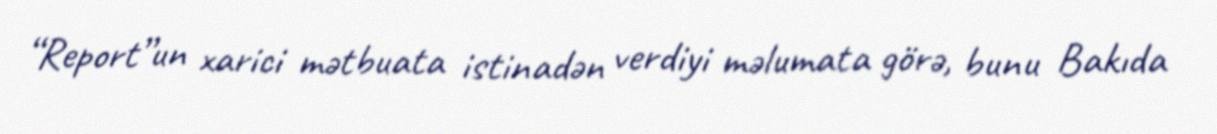
“Report”un xarici mətbuata istinadən verdiyi məlumata görə, bunu Bakıda